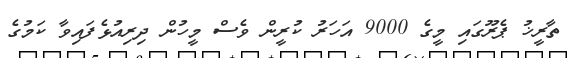
ތާރީޚު ޕެރޫގައި މީގެ 9000 އަހަރު ކުރީން ވެސް މީހުން ދިރިއުޅެފައިވާ ކަމުގެ